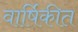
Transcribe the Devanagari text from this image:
वार्षिकीत